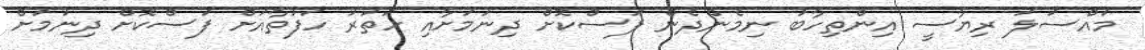
މައްސަލަ ރިޔާސީ އިންތިހާބު ނިމެންދެން ފަސްކޮށް ދިނުމަށާއި ހަތަރު ހަފުތާއަށް ފަސްކޮށް ދިނުމަށް